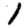
Digit: 1